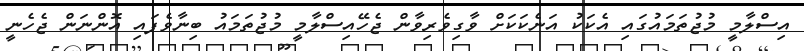
އިސްލާމީ މުޖުތަމައުގައި އެކަކު އަނެކަކަށް ވާގިވެރިވާން ޖެހޭއިސްލާމީ މުޖުތަމައު ބިނާވެފައި އޮންނަން ޖެހެނީ